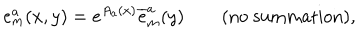
{ e _ { m } ^ { a } ( x , y ) = e ^ { A _ { a } ( x ) } \overline { { { e } } } _ { m } ^ { a } ( y ) \qquad \textrm { ( n o s u m m a t i o n ) , } }